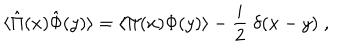
\langle \hat { \Pi } ( x ) \hat { \Phi } ( y ) \rangle = \langle \Pi ( x ) \Phi ( y ) \rangle - { \frac { i } { 2 } } \; \delta ( x - y ) \; ,